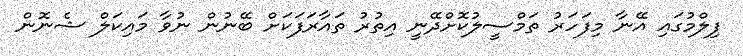
ފިލްމުގައި އޭނާ މިފަހަރު ތަމްސީލުކޮށްދޭނީ އިތުރު ތައާރަފަކަށް ބޭނުން ނުވާ މައިކަލް ޝެނޮން